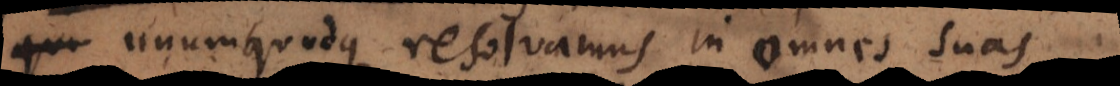
quo unumquodque resolvamus in omnes suas